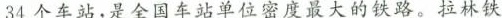
34个车站，是全国车站单位密度最大的铁路。拉林铁